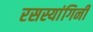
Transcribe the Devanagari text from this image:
रसस्यांगिनी